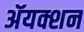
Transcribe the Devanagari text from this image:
ॲयक्शन